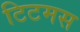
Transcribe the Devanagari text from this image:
टिटमस